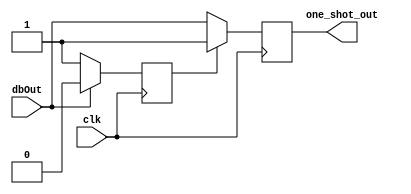
module one_shot_button
(
	input clk, dbOut, 
	output reg one_shot_out
);

	reg state = 0;
	
	always @ ( posedge clk )
	begin
		if( state == 0 )
		begin
			one_shot_out = dbOut;
			if( dbOut == 0 )
				state = 1;
		end
		else
		begin
			one_shot_out = 1;
			if( dbOut == 1 )
				state = 0;
		end
	end

endmodule